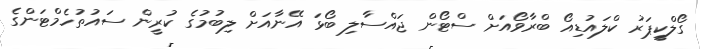
ގޯލްކީޕަރު ކްލައުޑިއޯ ބްރާވޯއަށް ސްޓޯން ޖައްސާލި ބޯޅަ އޭނާއަށް ލިބުމުގެ ކުރީން ސައުތުހެމްޓަންގެ